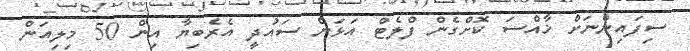
ސިފައިންނަށް ޚާއްސަ ކޮށްގެން ފްލެޓް އަޅަން ސައުދީ އެރެބިޔާ އިން 50 މިިލިއަން